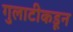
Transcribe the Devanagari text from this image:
गुलाटीकडून